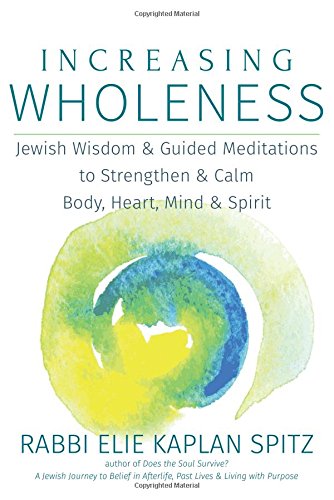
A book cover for Increasing Wholeness: Jewish Wisdom and Guided Meditations to Strengthen and Calm Body, Heart, Mind and Spirit; Rabbi Elie Kaplan Spitz; Religion & Spirituality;